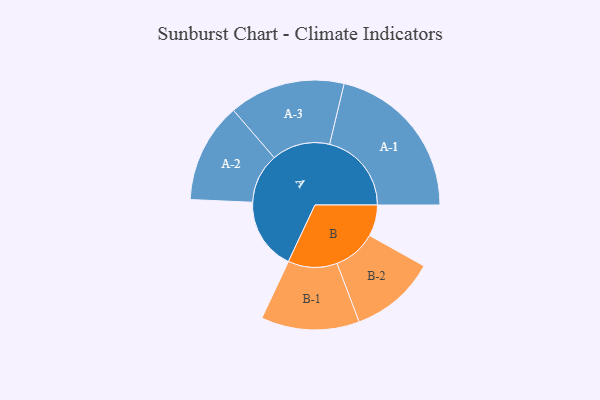
{"axis": {"x": "Segment", "y": "Value"}, "legend": ["", "A", "B"], "data": [{"x": "A", "y": 242, "type": ""}, {"x": "B", "y": 105, "type": ""}, {"x": "A-1", "y": 275, "type": "A"}, {"x": "A-2", "y": 168, "type": "A"}, {"x": "A-3", "y": 195, "type": "A"}, {"x": "B-1", "y": 165, "type": "B"}, {"x": "B-2", "y": 144, "type": "B"}]}